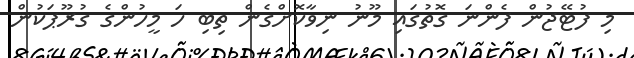
މި ފުޓޭޖުން ފެންނަ ގޮތުގައި މޫނު ނިވާކޮށްގެން ތިބި ހަ މީހުންގެ ގުރޫޕަކުން